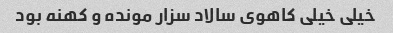
خیلی خیلی کاهوی سالاد سزار مونده و کهنه بود